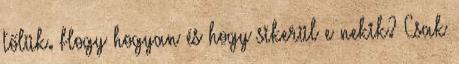
tőlük. Hogy hogyan és hogy sikerül e nekik? Csak